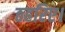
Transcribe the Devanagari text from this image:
ठहरिए।